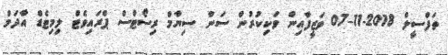
ތަފްސީލް 2018-11-07 ވަޒީފާއިން ވަކިކުރުން ސަން ސިޔާމް ރިސޯޓްސް ޕްރައިވެޓް ލިމިޓެޑް އާދަމް